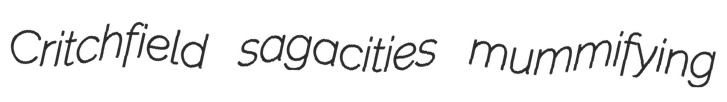
Critchfield sagacities mummifying